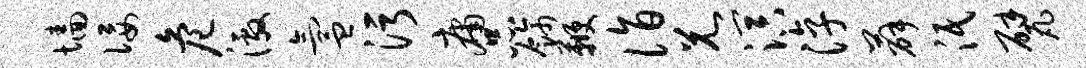
墙佞危激氲污庸品饰鞭诣兄溟淳薛泯甓